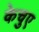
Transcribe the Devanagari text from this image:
केचुए